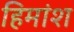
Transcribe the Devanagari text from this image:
हिमांश